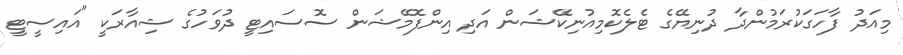
މިއަދު ފާހަގަކުރަމުންދާ ދުނިޔޭގެ ޓެލެކޮމިއުނިކޭޝަން އަދި އިންފޮމޭޝަން ސޮސައިޓީ ދުވަހުގެ ޝިއާރަކީ "އައިސީޓީ